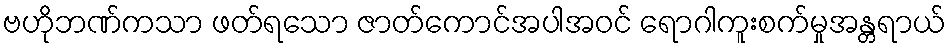
ဗဟိုဘဏ်ကသာ ဖတ်ရသော ဇာတ်ကောင်အပါအဝင် ရောဂါကူးစက်မှုအန္တရာယ်